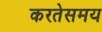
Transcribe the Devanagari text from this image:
करतेसमय